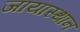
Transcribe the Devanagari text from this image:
जायास्थान